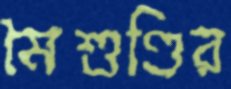
মৈশুণ্ডির